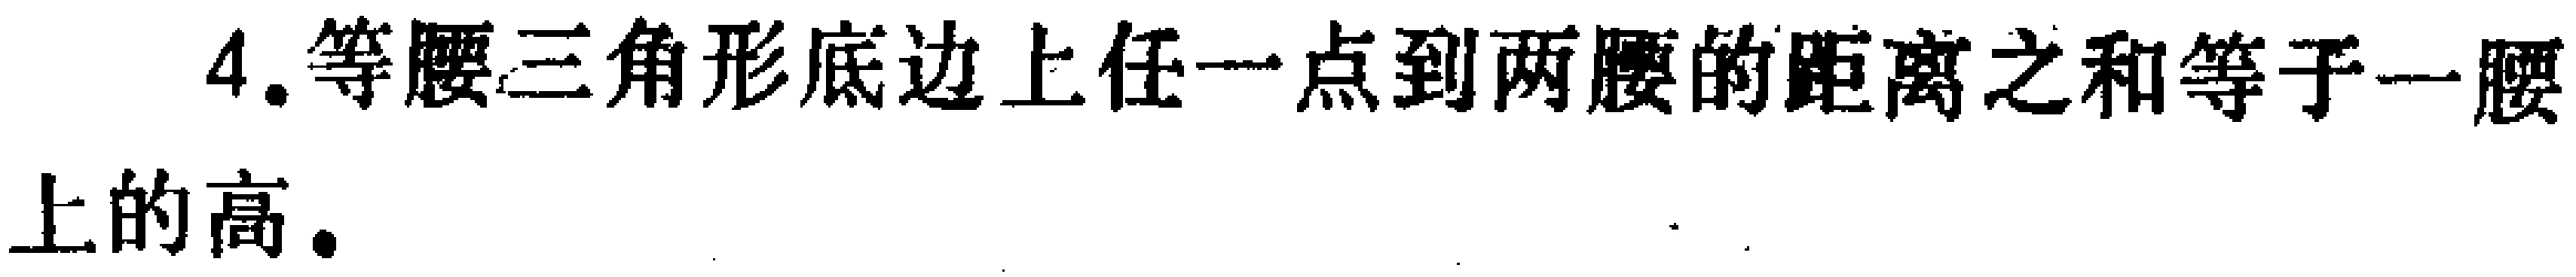
4. 等腰三角形底边上任一点到两腰的距离之和等于一腰上的高.